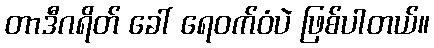
တာဒီဂရိတ် ခေါ် ရေဝက်ဝံပဲ ဖြစ်ပါတယ်။